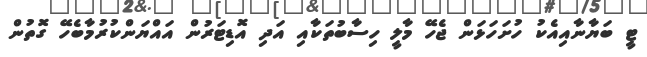
ޓީ ބަޔާނާއިއެކު ހުށަހަޅަން ޖެހޭ މާލީ ހިސާބުތަކާއި އަދި އޮޑިޓަރުން އައްޔަންކުރުމާބެހޭ ގޮތުން